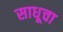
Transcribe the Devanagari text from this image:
साधूचा